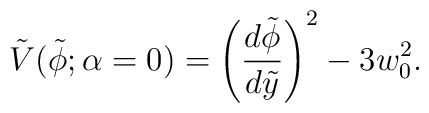
\tilde V(\tilde \phi;{\alpha=0})=\left({d\tilde{\phi} \over d\tilde y}\right)^2-3w_0^2.